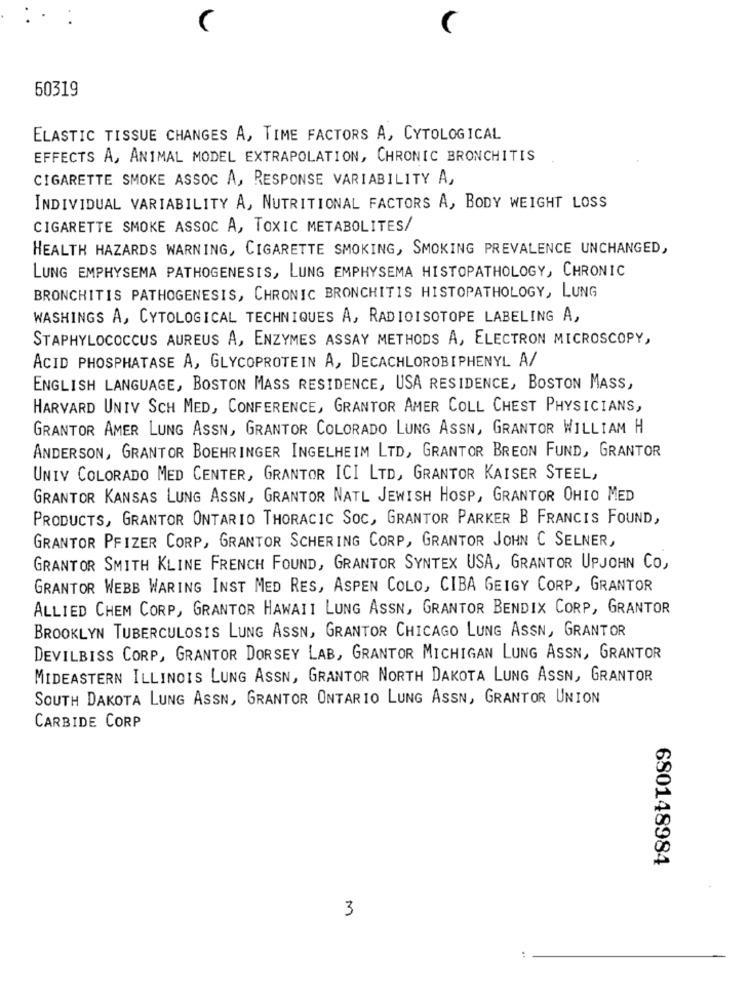
60319
ELASTIC TISSUE CHANGES A, TIME FACTORS A, CYTOLOGICAL
EFFECTS A, ANIMAL MODEL EXTRAPOLATION, CHRONIC BRONCHITIS
CIGARETTE SMOKE ASSOC A, RESPONSE VARIABILITY A,
INDIVIDUAL VARIABILITY A, NUTRITIONAL FACTORS A, BODY WEIGHT LOSS
CIGARETTE SMOKE ASSOC A, TOXIC METABOLITES/
HEALTH HAZARDS WARNING, CIGARETTE SMOKING, SMOKING PREVALENCE UNCHANGED,
LUNG EMPHYSEMA PATHOGENESIS, LUNG EMPHYSEMA HISTOPATHOLOGY, CHRONIC
BRONCHITIS PATHOGENESIS, CHRONIC BRONCHITIS HISTOPATHOLOGY, LUNG
WASHINGS A, CYTOLOGICAL TECHNIQUES A, RADIOISOTOPE LABELING A,
STAPHYLOCOCCUS AUREUS A, ENZYMES ASSAY METHODS A, ELECTRON MICROSCOPY,
ACID PHOSPHATASE A, GLYCOPROTEIN A, DECACHLOROBIPHENYL A/
ENGLISH LANGUAGE, BOSTON MASS RESIDENCE, USA RESIDENCE, BOSTON MASS,
HARVARD UNIV SCH MED, CONFERENCE, GRANTOR AMER COLL CHEST PHYSICIANS,
GRANTOR AMER LUNG ASSN, GRANTOR COLORADO LUNG ASSN, GRANTOR WILLIAM H
ANDERSON, GRANTOR BOEHRINGER INGELHEIM LTD, GRANTOR BREON FUND, GRANTOR
UNIV COLORADO MED CENTER, GRANTOR ICI LTD, GRANTOR KAISER STEEL,
GRANTOR KANSAS LUNG ASSN, GRANTOR NATL JEWISH HOSP, GRANTOR OHIO MED
PRODUCTS, GRANTOR ONTARIO THORACIC SOC, GRANTOR PARKER B FRANCIS FOUND,
GRANTOR PFIZER CORP, GRANTOR SCHERING CORP, GRANTOR JOHN C SELNER,
GRANTOR SMITH KLINE FRENCH FOUND, GRANTOR SYNTEX USA, GRANTOR UPJOHN CO,
GRANTOR WEBB WARING INST MED RES, ASPEN COLO, CIBA GEIGY CORP, GRANTOR
ALLIED CHEM CORP, GRANTOR HAWAII LUNG ASSN, GRANTOR BENDIX CORP, GRANTOR
BROOKLYN TUBERCULOSIS LUNG ASSN, GRANTOR CHICAGO LUNG ASSN, GRANTOR
DEVILBISS CORP, GRANTOR DORSEY LAB, GRANTOR MICHIGAN LUNG ASSN, GRANTOR
MIDEASTERN ILLINOIS LUNG ASSN, GRANTOR NORTH DAKOTA LUNG ASSN, GRANTOR
SOUTH DAKOTA LUNG ASSN, GRANTOR ONTARIO LUNG ASSN, GRANTOR UNION
CARBIDE CORP
680148984
3
: